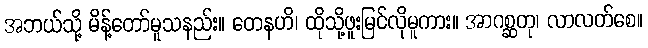
အဘယ်သို့ မိန့်တော်မူသနည်း။ တေနဟိ၊ ထိုသို့ဖူးမြင်လိုမူကား။ အာဂစ္ဆတု၊ လာလတ်စေ။